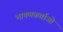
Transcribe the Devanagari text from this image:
भाषणकर्ताओं